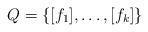
LaTeX: \begin{align*}Q=\{[f_1],\dots,[f_k]\}\end{align*}